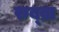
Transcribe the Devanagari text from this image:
रुब्ब्रा